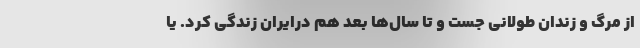
از مرگ و زندان طولانی جست و تا سال‌ها بعد هم درایران زندگی کرد. یا